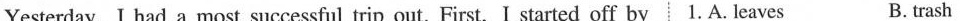
Yesterday, I had a most successful trip out. First, I started off by 1.A. Leaves B. trash